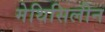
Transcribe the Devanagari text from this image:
मेथिसिलीन